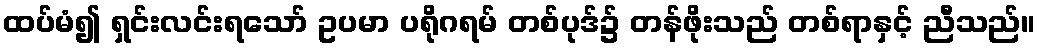
ထပ်မံ၍ ရှင်းလင်းရသော် ဥပမာ ပရိုဂရမ် တစ်ပုဒ်၌ တန်ဖိုးသည် တစ်ရာနှင့် ညီသည်။